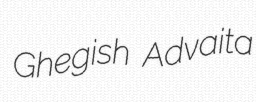
Ghegish Advaita